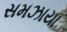
સમઝાયા